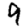
Digit: 9